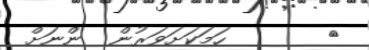
٣       ހަމަކަށަވަރުން  ންނަށް